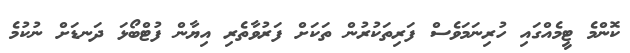
ކޮންމެ ޓީމެއްގައި ހުރިނަމަވެސް ފަރިތަކުރުން ތަކަށް ފަރުވާތެރި އިޔާން ފުޓްބޯޅަ ދަނޑަށް ނުކުމެ